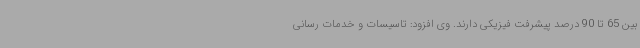
بین 65 تا 90 درصد پیشرفت فیزیکی دارند. وی افزود: تاسیسات و خدمات رسانی